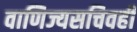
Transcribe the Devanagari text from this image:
वाणिज्यसचिवही